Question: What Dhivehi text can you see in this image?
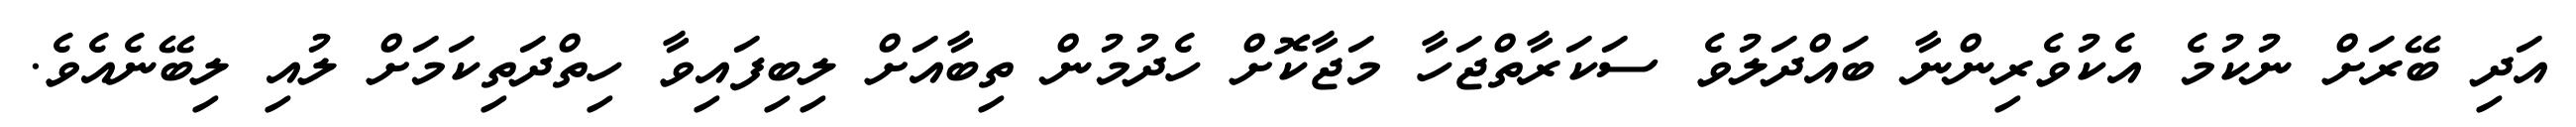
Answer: އަދި ބޭރަށް ނުކުމެ އެކުވެރިންނާ ބައްދަލުވެ ސަކަރާތްޖަހާ މަޖާކޮށް ހެދުމުން ތިބާއަށް ލިބިފައިވާ ހިތްދަތިކަމަށް ލުއި ލިބޭނެއެވެ.